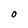
Character: O